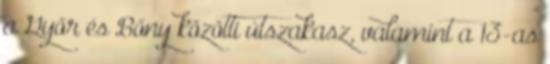
a Győr és Bőny közötti útszakasz, valamint a 13-as